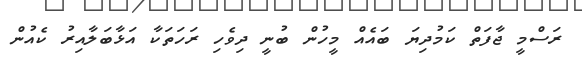
ރަސްމީ ޖާފަތް ކަމުދިޔަ ބައެއް މީހުން ބުނީ ދިވެހި ރަހަތަކާ އަޅާބަލާއިރު ކެއުން